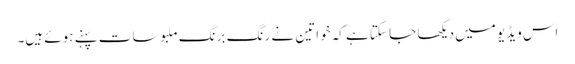
اس ویڈیو میں دیکھا جا سکتا ہے کہ خواتین نے رنگ برنگ ملبوسات پہنے ہوئے ہیں۔